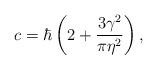
LaTeX: \begin{align*}c=\hbar\left(2+\frac{3\gamma^2}{\pi\eta^2}\right),\end{align*}